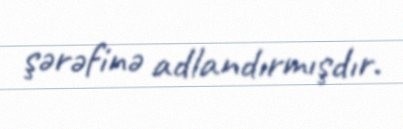
şərəfinə adlandırmışdır.